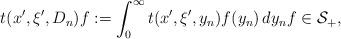
LaTeX: \begin{align*} t(x',\xi',D_n)f:=\int_0^\infty{t}(x',\xi',y_n)f(y_n)\,dy_nf\in\mathcal{S}_+,\end{align*}